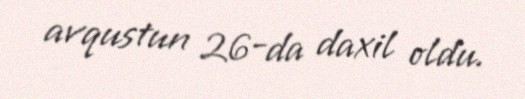
avqustun 26-da daxil oldu.